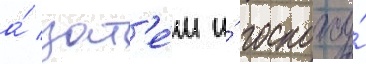
а́ зат'е́м и́ госпожу́